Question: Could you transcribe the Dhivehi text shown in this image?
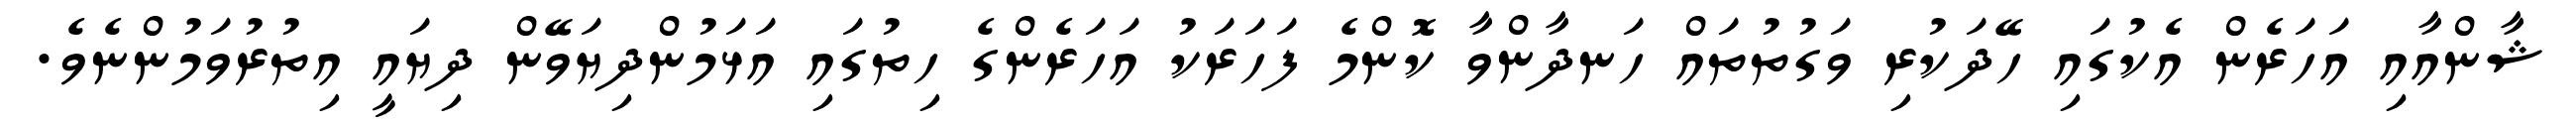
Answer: ޝާންއާއި އަހަރެން އެކުގައި ހޭދަކުރި ވަގުތުތައް ހަނދާންވާ ކޮންމެ ފަހަރަކު އަހަރެންގެ ހިތުގައި އަޅަމުންދިޔަވޭން ދިޔައީ އިތުރުވަމުންނެވެ.